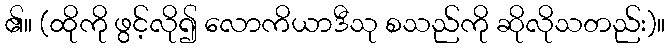
၏။ (ထိုကို ဖွင့်လို၍ လောကိယာဒီသု စသည်ကို ဆိုလိုသတည်း)။